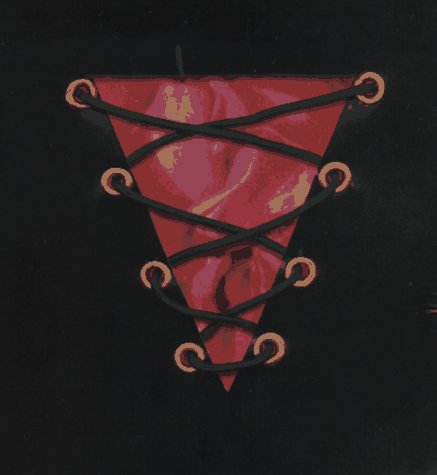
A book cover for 1000 Reasons You Might Think She Is My Lover; Angela Costa; Romance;